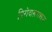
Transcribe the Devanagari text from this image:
प्रिरोदाख़रान्नाया